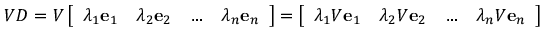
V D = V \left[ \begin{array} { l l l l } { \lambda _ { 1 } \mathbf e _ { 1 } } & { \lambda _ { 2 } \mathbf e _ { 2 } } & { \ldots } & { \lambda _ { n } \mathbf e _ { n } } \end{array} \right] = \left[ \begin{array} { l l l l } { \lambda _ { 1 } V \mathbf e _ { 1 } } & { \lambda _ { 2 } V \mathbf e _ { 2 } } & { \ldots } & { \lambda _ { n } V \mathbf e _ { n } } \end{array} \right]